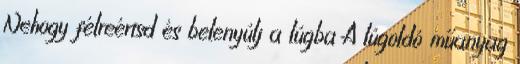
Nehogy félreértsd és belenyúlj a lúgba A lúgoldó műanyag